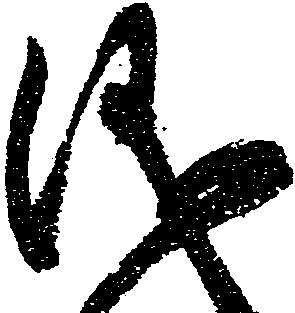
儀